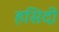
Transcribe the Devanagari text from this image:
हसिदी